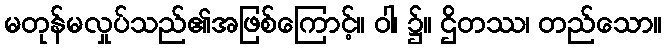
မတုန်မလှုပ်သည်၏အဖြစ်ကြောင့်။ ဝါ၊ ၌။ ဌိတဿ၊ တည်သော။